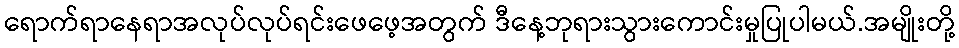
ရောက်ရာနေရာအလုပ်လုပ်ရင်းဖေဖေ့အတွက် ဒီနေ့ဘုရားသွားကောင်းမှုပြုပါမယ်.အမျိုးတို့